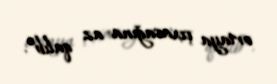
ortaya çıxacağına az qalıb”.